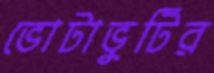
ভোটাভুটির